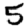
Digit: 5